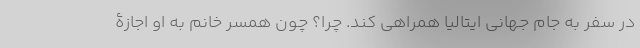
در سفر به جام جهانی ایتالیا همراهی کند. چرا؟ چون همسر خانم به او اجازۀ